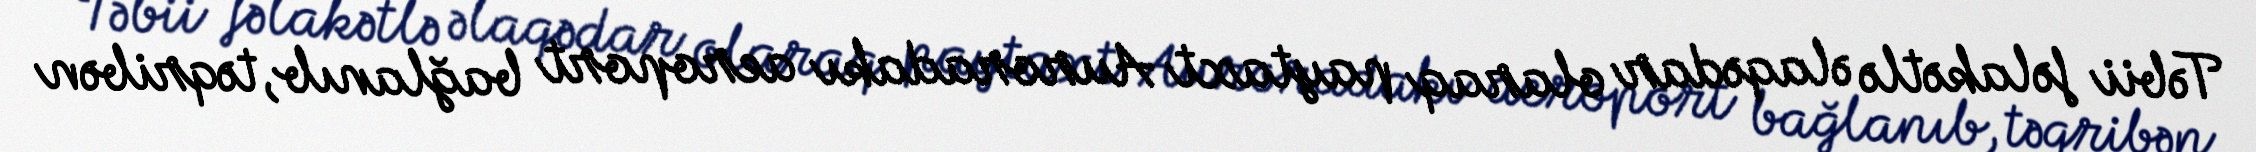
Təbii fəlakətlə əlaqədar olaraq paytaxt Auroradakı aeroport bağlanıb, təqribən